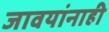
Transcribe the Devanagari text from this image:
जावयांनाही